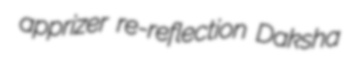
apprizer re-reflection Daksha